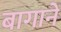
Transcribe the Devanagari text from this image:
बागानें